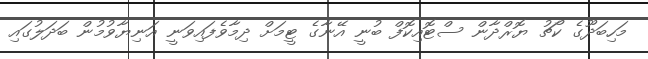
މަހިބަދޫގެ ކޯޗު ޔޮރްދާން ސްޓޮއިކޮފް ބުނީ އޭނާގެ ޓީމަށް ދިމާވެފައިވަނީ އަނިޔާވުމުން ބަދަލުގައި